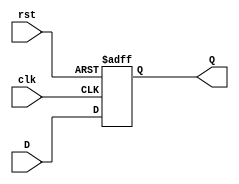
`timescale 1ns / 1ps
/*******************************************************************
*
* Module: DFlipFlop.v
* Project: rv32i_processor
*
* Change history: 07/04/23 - Added the DFlipFlop code (Amer)
*
**********************************************************************/


module DFlipFlop (
    input  wire clk, rst, D, 
    output reg Q
);
    always @ (posedge clk or posedge rst) begin
        if (rst) Q <= 1'b0;
        else Q <= D;
    end
endmodule